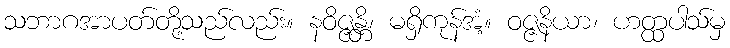
သဘာဂအာပတ်တို့သည်လည်း။ နဝိဇ္ဇန္တိ၊ မရှိကုန်အံ့။ ဝဇ္ဇနိယာ၊ ဟတ္ထပါသ်မှ